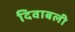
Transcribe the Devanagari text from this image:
दिवाबली